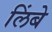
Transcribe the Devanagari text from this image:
लिंबे